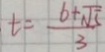
t = \frac { 6 + \sqrt { 5 } } { 3 }